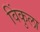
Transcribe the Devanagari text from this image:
विंकुला